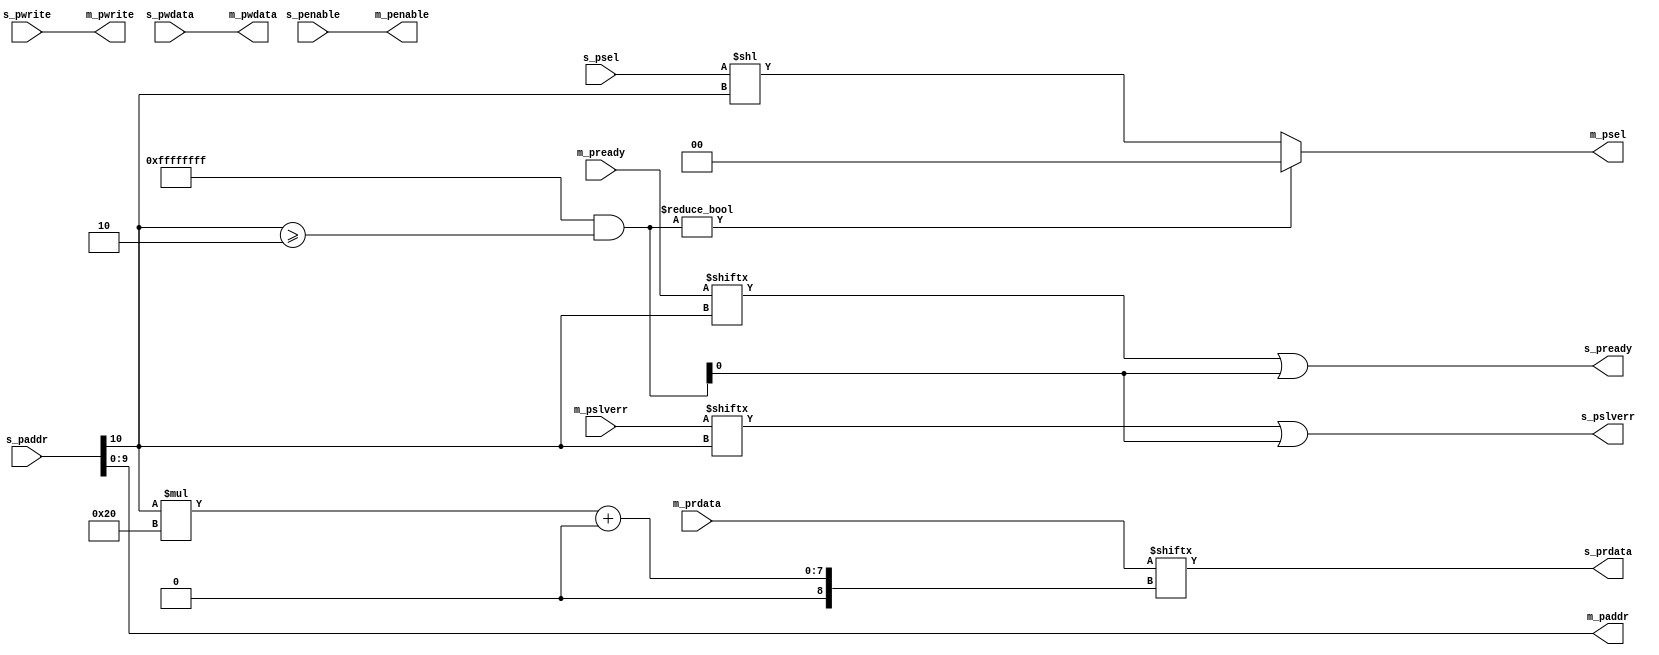
//
// APB Decoder
// Splits an APB bus in equal address regions starting at address 0 
// regions are 1,2,4 etc K bytes 
// This code is 100% combinatorial and much smaller and faster then decode
//
// Freeware September 2015, Fen Logic Ltd.
// This code is free and is delivered 'as is'.
// It comes without any warranty, to the extent permitted by applicable law.
// There are no restrictions to any use or re-use of this code
// in any form or shape. It would be nice if you keep my company name
// in the source or modified source code but even that is not
// required as I can't check it anyway.
// But the code comes with no warranties or guarantees whatsoever.
//
//

module apb_fastdecode
#(parameter PORTS      = 2,  // Output ports
            MS_SLVADR  = 9,  // Sets size of region  
                             // 9=1K, 10=2K etc.
            TOP_DEFAULT = 0  // Highest bus is default (no errors)
 )
(
   // APB input (slave)           
   input      [31:0] s_paddr,   // ls 2 bits are unused 
   input             s_pwrite,
   input             s_psel,
   input             s_penable,
   input      [31:0] s_pwdata,
   output     [31:0] s_prdata,
   output            s_pready,
   output            s_pslverr,
   
   // APB output (master)
   output    [MS_SLVADR:0] m_paddr,  
   output                 m_pwrite,
   output     [PORTS-1:0] m_psel,
   output                 m_penable,
   output          [31:0] m_pwdata,
   input   [PORTS*32-1:0] m_prdata,
   input      [PORTS-1:0] m_pready,
   input      [PORTS-1:0] m_pslverr
);

// How many address bits do we need?
localparam SELBITS = PORTS<=2    ? 1 :
                     PORTS<=4    ? 2 :
                     PORTS<=8    ? 3 :
                     PORTS<=16   ? 4 : 
                     PORTS<=32   ? 5 :
                     PORTS<=64   ? 6 :
                     PORTS<=128  ? 7 :
                     0 ; // this should hopefully raise an error in synthesis

 

wire select_error;    
wire [SELBITS-1:0] pre_select_bits,select_bits;

   // A lot of signals pass-through
   assign m_paddr   = s_paddr[MS_SLVADR:0]; 
   assign m_pwrite  = s_pwrite;
   assign m_penable = s_penable;
   assign m_pwdata  = s_pwdata;
   
   // These bits define the port
   assign pre_select_bits = s_paddr[MS_SLVADR+1 +: SELBITS];
   
   // If too big we have an error 
   assign select_error = pre_select_bits>=PORTS;
   
   // The final port bits: the original ones
   // or on error and top-port-is-default, map on top port
   assign select_bits  = TOP_DEFAULT & select_error ? PORTS-1 :  pre_select_bits;
  
   // The sel bit of the right port is set
   // None is set if error and NOT top_is_default
   assign m_psel    = ~TOP_DEFAULT & select_error ? {PORTS{1'b0}} : s_psel<<select_bits;
   assign s_prdata  = m_prdata[select_bits*32 +: 32];
   
   // Return ready from port or ready on error
   assign s_pready  = m_pready[select_bits]  | (~TOP_DEFAULT & select_error);
   assign s_pslverr = m_pslverr[select_bits] | (~TOP_DEFAULT & select_error);

endmodule